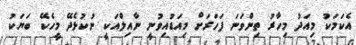
އެކަމަކު މިއަދު މިހާރު ތިންވަނަ ފަހަރަށް މިއަޑުއިވުނީ ނާއިލްއަކީ ނުކުޅެދޭ މީހެކޭ ބަޔަކު